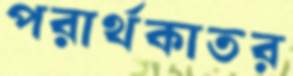
পরার্থকাতর